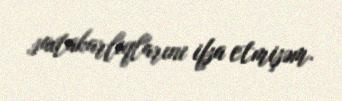
saxtakarlıqlarını ifşa etmişəm.